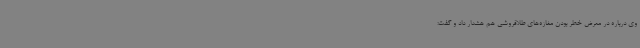
وی درباره در معرض خطر بودن مغازه‌های طلافروشی هم هشدار داد و گفت: